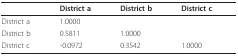
|  | District a | District b | District c |
 | --- | --- | --- | --- |
 | District a | 1.0000 |  |  |
 | District b | 0.5811 | 1.0000 |  |
 | District c | -0.0972 | 0.3542 | 1.0000 |